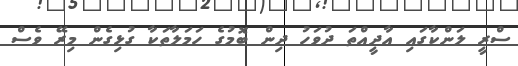
ސްރީ ލަންކާގައި އާދީއްތަ ދުވަހު ދިން ބޮމުގެ ހަމަލާތަކާ ގުޅިގެން މިރޭ ވެސް